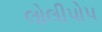
લોલીપોપ